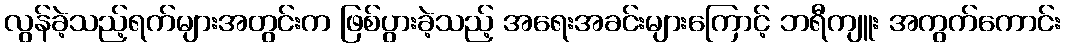
လွန်ခဲ့သည့်ရက်များအတွင်းက ဖြစ်ပွားခဲ့သည့် အရေးအခင်းများကြောင့် ဘရီကျူး အကွက်ကောင်း